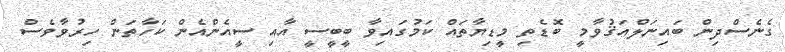
ގެނެސްދިން ބައިނަލްއަޤުވާމީ ބޮޑެތި މީޑިޔާތައް ކަމުގައިވާ ބީބީސީ އާއި ސީއެންއެން ކަހާތަން ހިރުވާވެސް